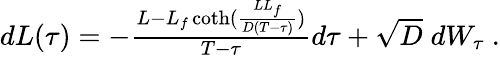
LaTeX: \begin{array}{r}{dL(\tau)=-\frac{L-L_{f}\coth(\frac{LL_{f}}{D(T-\tau)})}{T-\tau}d\tau+\sqrt{D}\; dW_{\tau}\ .}\end{array}